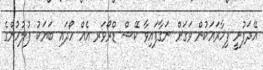
އޭދަފުށީ ފިހާރައަކުން ވަގަށް ނަގާފައިވާ ކޭޝް ޑްރޯވަރ އެއް ހޯދައި ބަޔަކު ފުލުހުންގެ